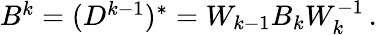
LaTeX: \begin{array}{r}{B^{k}=(D^{k-1})^{*}=W_{k-1}B_{k}W_{k}^{-1}\, .}\end{array}